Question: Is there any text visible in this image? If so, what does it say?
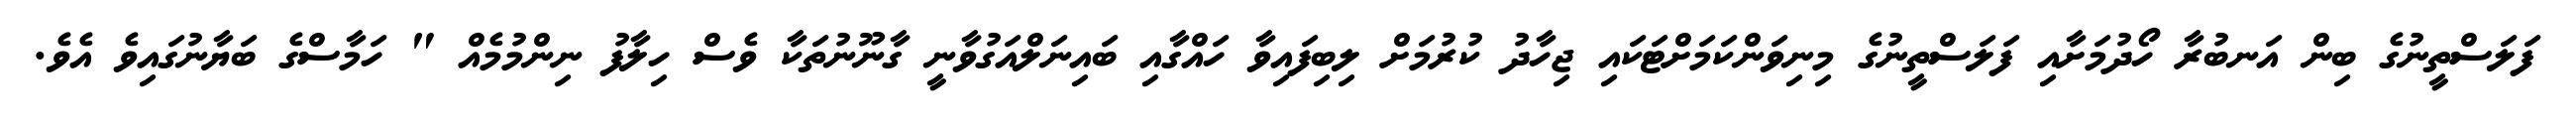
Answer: ފަލަސްތީނުގެ ބިން އަނބުރާ ހޯދުމަށާއި ފަލަސްތީނުގެ މިނިވަންކަމަށްޓަކައި ޖިހާދު ކުރުމަށް ލިބިފައިވާ ހައްގާއި ބައިނަލްއަގުވާނީ ގާނޫނުތަކާ ވެސް ހިލާފު ނިންމުމެއް " ހަމާސްގެ ބަޔާނުގައިވެ އެވެ.